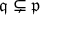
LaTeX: { \mathfrak { q } } \subsetneq { \mathfrak { p } }